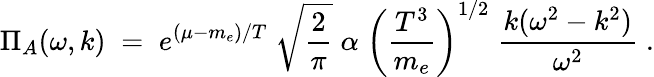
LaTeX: {\Pi_{A}(\omega,k)\; =\; e^{(\mu-m_{e})/T}\; \sqrt{{\frac{2}{\pi}}}\; \alpha\; \left({\frac{T^{3}}{m_{e}}}\right)^{1/2}\; {\frac{k(\omega^{2}-k^{2})}{\omega^{2}}}\; .}